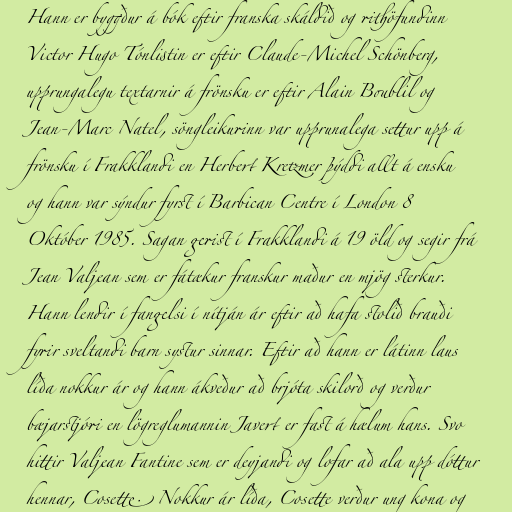
Hann er byggður á bók eftir franska skáldið og rithöfundinn
Victor Hugo Tónlistin er eftir Claude-Michel Schönberg,
upprungalegu textarnir á frönsku er eftir Alain Boublil og
Jean-Marc Natel, söngleikurinn var upprunalega settur upp á
frönsku í Frakklandi en Herbert Kretzmer þýddi allt á ensku
og hann var sýndur fyrst í Barbican Centre í London 8
Október 1985. Sagan gerist í Frakklandi á 19 öld og segir frá
Jean Valjean sem er fátækur franskur maður en mjög sterkur.
Hann lendir í fangelsi í nítján ár eftir að hafa stolið brauði
fyrir sveltandi barn systur sinnar. Eftir að hann er látinn laus
líða nokkur ár og hann ákveður að brjóta skilorð og verður
bæjarstjóri en lögreglumannin Javert er fast á hælum hans. Svo
hittir Valjean Fantine sem er deyjandi og lofar að ala upp dóttur
hennar, Cosette. Nokkur ár líða, Cosette verður ung kona og